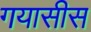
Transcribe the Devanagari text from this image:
गयासीस